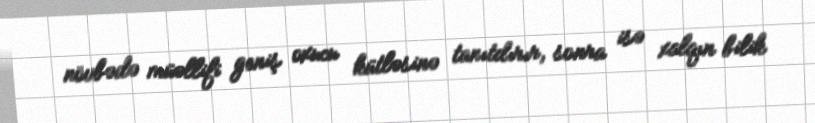
növbədə müəllifi geniş oxucu kütləsinə tanıtdırır, sonra isə xalqın bilik